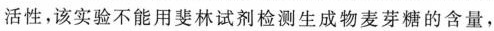
活性，该实验不能用斐林试剂检测生成物麦芽糖的含量，